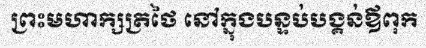
ព្រះមហាក្សត្រថៃ នៅក្នុងបន្ទប់បង្គន់ឪពុក